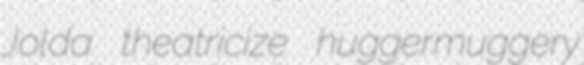
Jolda theatricize huggermuggery